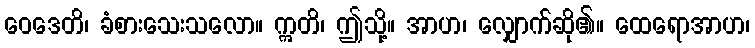
ဝေဒေတိ၊ ခံစားသေးသလော။ ဣတိ၊ ဤသို့။ အာဟ၊ လျှောက်ဆို၏။ ထေရောအာဟ၊